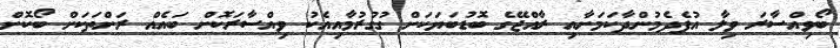
ބޯވިއްސާރަ ވިލާ އުފެދެމުންދާކަމަށާއި ރާއްޖޭގެ ބޮޑުބަޔަކަށް ގުގުރުމާއިއެކު ވިއްސާރަކޮށް ބައެއް ރަށްތަކަށް ބޯކޮށް